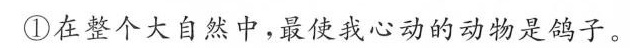
在整个大自然中，最使我心动的动物是鸽子